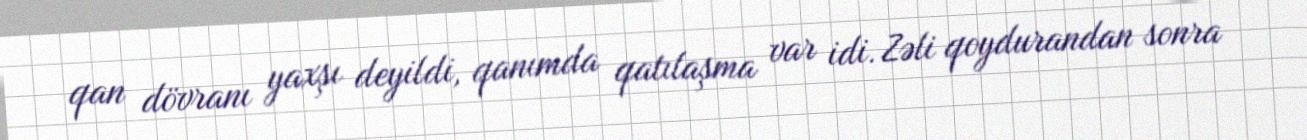
qan dövranı yaxşı deyildi, qanımda qatılaşma var idi. Zəli qoydurandan sonra